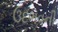
ઉદભવની